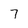
Character: 7